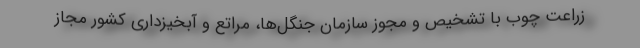
زراعت چوب با تشخیص و مجوز سازمان جنگل‌ها، مراتع و آبخیزداری کشور مجاز